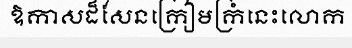
ឱកាសដ៏សែនក្រៀមក្រំនេះលោក